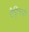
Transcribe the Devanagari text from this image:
पैट्रियार्क